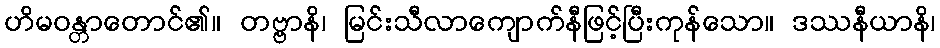
ဟိမဝန္တာတောင်၏။ တဗ္ဗာနိ၊ မြင်းသီလာကျောက်နီဖြင့်ပြီးကုန်သော။ ဒဿနီယာနိ၊